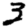
Digit: 3